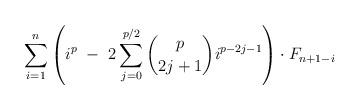
LaTeX: \begin{align*}\ \ \ \ \ \ \ \ \ \ \ \ \ \ \ \ \ \ \sum_{i=1}^{n} \left(i^{p} \ - \ 2\sum_{j=0}^{p/2} \binom{p}{2j+1} i^{p-2j-1} \right) \cdot F_{n+1-i}\end{align*}